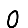
Digit: 0